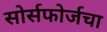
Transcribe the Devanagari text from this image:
सोर्सफोर्जचा